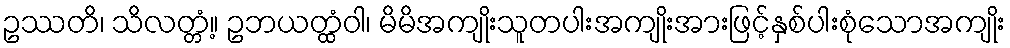
ဥဿတိ၊ သိလတ္တံ့။ ဥဘယတ္ထံဝါ၊ မိမိအကျိုးသူတပါးအကျိုးအားဖြင့်နှစ်ပါးစုံသောအကျိုး